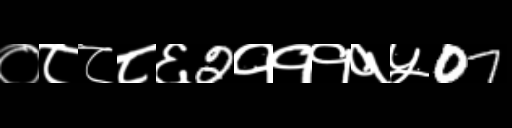
Text: ०८८८६2११११५07